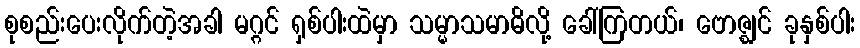
စုစည်းပေးလိုက်တဲ့အခါ မဂ္ဂင် ရှစ်ပါးထဲမှာ သမ္မာသမာဓိလို့ ခေါ်ကြတယ်၊ ဗောဇ္ဈင် ခုနှစ်ပါး